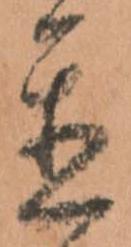
置